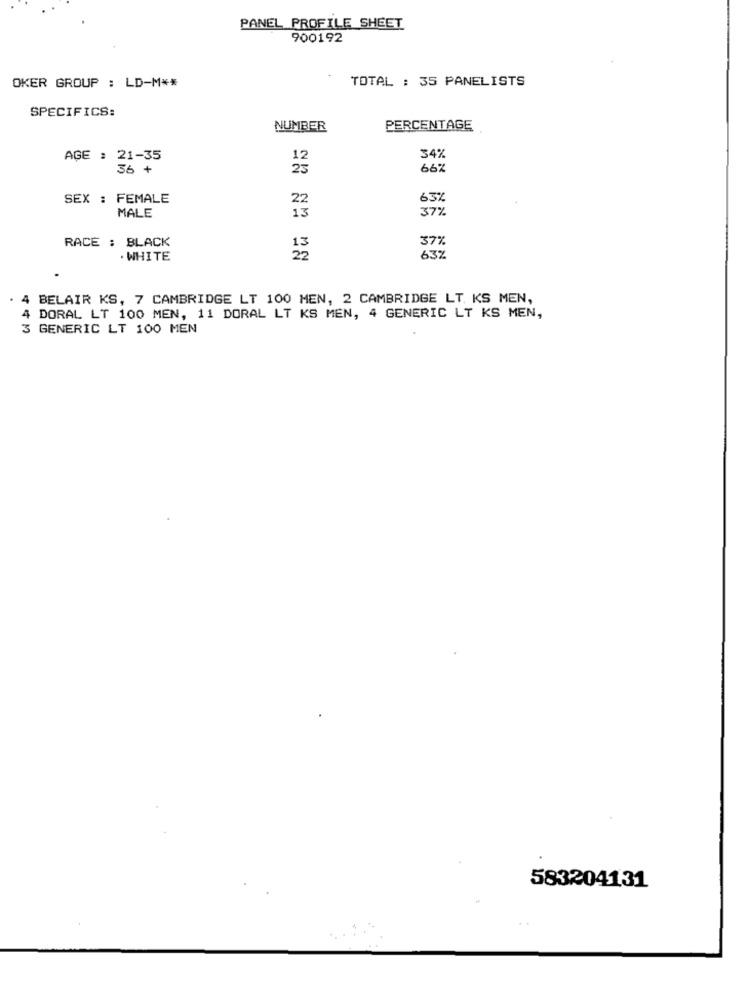
PANEL PROFILE SHEET
900192
TOTAL : 35 PANELISTS
OKER GROUP : LD-M **
SPECIFICS:
NUMBER
PERCENTAGE
AGE : 21-35
34%
36 +
66%
SEX : FEMALE
63%
MALE
37%
RACE : BLACK
37%
WHITE
63%
4 BELAIR KS, 7 CAMBRIDGE LT 100 MEN, 2 CAMBRIDGE LT. KS MEN,
4 DORAL LT 100 MEN, 11 DORAL LT KS MEN, 4 GENERIC LT KS MEN,
3 GENERIC LT 100 MEN
583204131